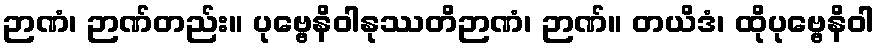
ဉာဏံ၊ ဉာဏ်တည်း။ ပုဗ္ဗေနိဝါနုဿတိဉာဏံ၊ ဉာဏ်။ တယိဒံ၊ ထိုပုဗ္ဗေနိဝါ